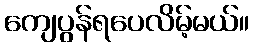
ကျေပွန်ရပေလိမ့်မယ်။